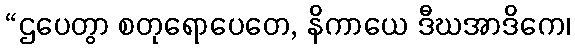
“ဌပေတွာ စတုရောပေတေ, နိကာယေ ဒီဃအာဒိကေ၊